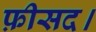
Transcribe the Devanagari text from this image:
फ़ीसद।